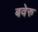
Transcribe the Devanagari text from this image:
बवेरु